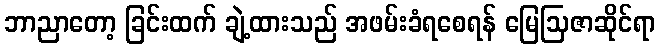
ဘာညာတော့ ခြင်းထက် ချဲ့ထားသည် အဖမ်းခံရစေရန် မြေဩဇာဆိုင်ရာ